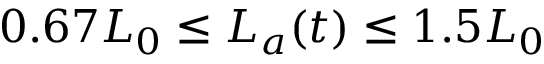
0 . 6 7 L _ { 0 } \leq L _ { a } ( t ) \leq 1 . 5 L _ { 0 }